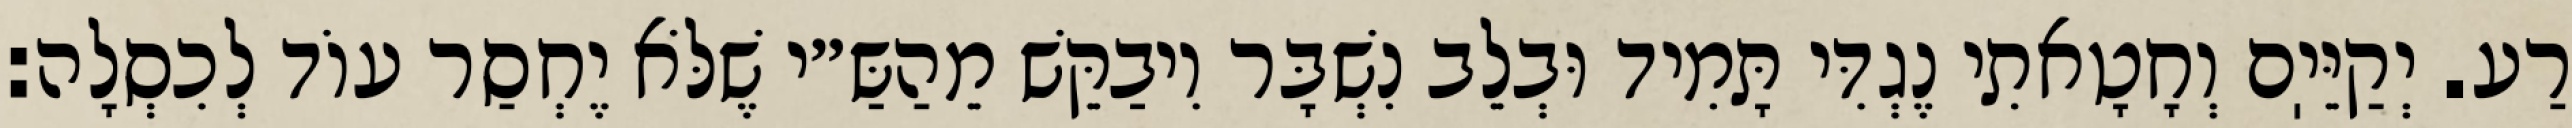
רַע. יְקַיֵּיֽם וְחָטָאתִי נֶגְדִּי תָּמִיד וּבְלֵב נִשְׁבָּר וִיבַקֵּשׁ מֵהַשַּ״י שֶׁלֹּא יֶחְסַר עוֹד לְכִסְלָה: